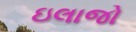
ઇલાજો